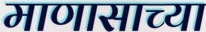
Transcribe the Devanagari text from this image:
माणासाच्या